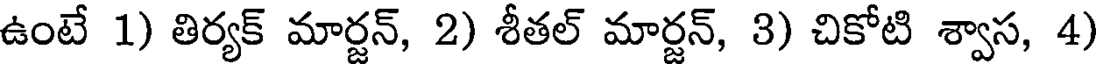
ఉంటే 1) తిర్యక్ మార్జన్, 2) శీతల్ మార్జన్, 3) చికోటి శ్వాస, 4)